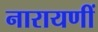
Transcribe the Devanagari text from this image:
नारायणीं